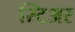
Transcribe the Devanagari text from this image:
स्टिअर